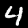
Digit: 4